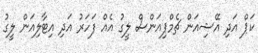
ކަޕް އަދި އޭޝިއަން ޗެމްޕިއަންސް ލީގު އެއް ފަހަރު އަދި އިޓާލިއަން ލީގު